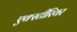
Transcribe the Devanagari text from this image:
एक्स्टीरियर